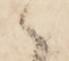
へ